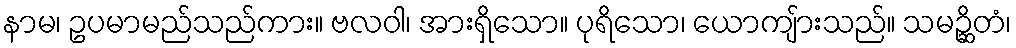
နာမ၊ ဥပမာမည်သည်ကား။ ဗလဝါ၊ အားရှိသော။ ပုရိသော၊ ယောကျ်ားသည်။ သမဉ္ဆိတံ၊